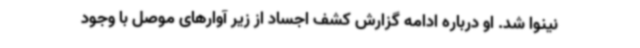
نینوا شد. او درباره ادامه گزارش کشف اجساد از زیر آوارهای موصل با وجود